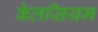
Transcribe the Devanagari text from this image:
केलसियम